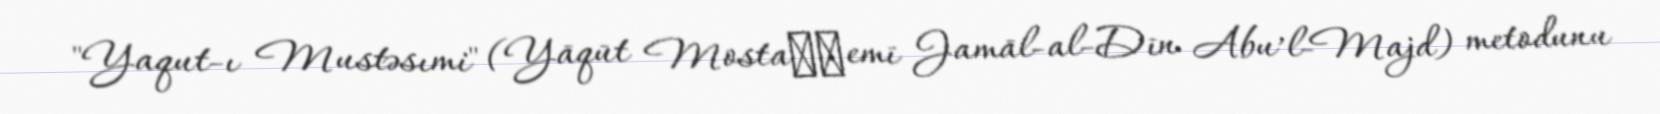
"Yaqut-ı Mustəsımi" (Yāqūt Mostaʿṣemī Jamāl-al-Dīn Abu’l-Majd) metodunu